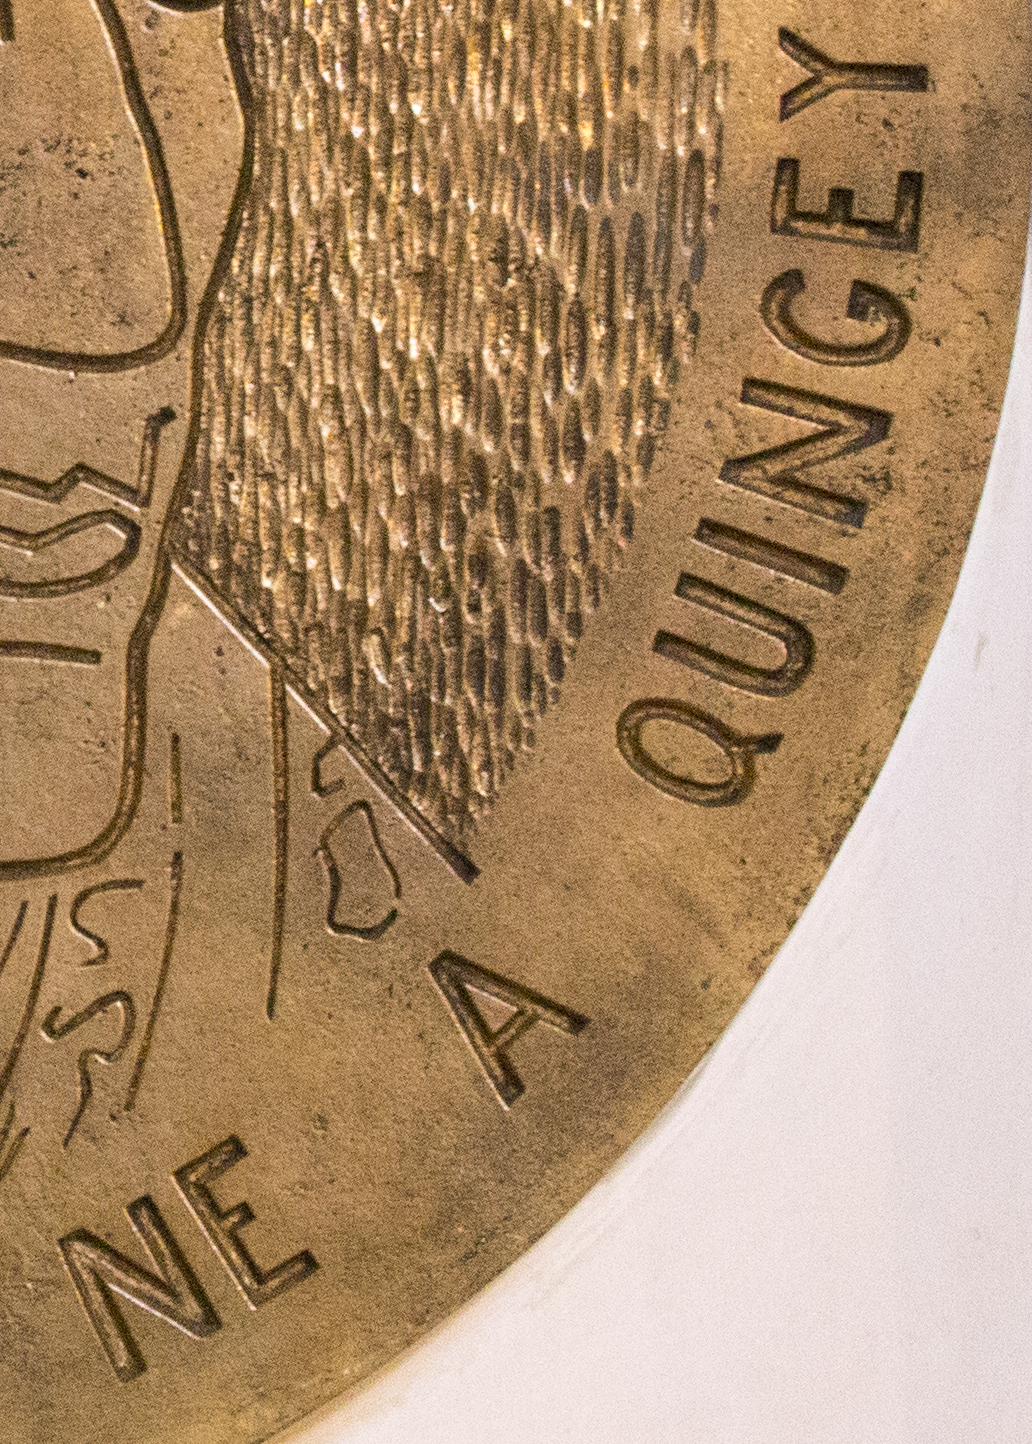
NE A QUINGEY